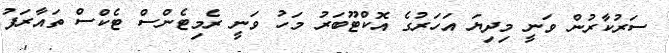
ސަރުކާރުން ވަނީ މިދިޔަ އަހަރުގެ އޮކްޓޫބަރު މަހު ވަނީ ރެމިޓެންސް ޓެކްސް ތައާރަފު